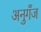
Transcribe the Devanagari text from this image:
अनुगँज